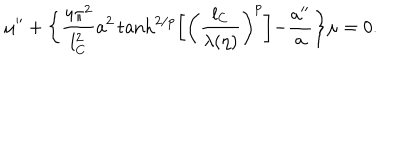
LaTeX: \mu ^ { \prime \prime } + \biggl \{ \frac { 4 \pi ^ { 2 } } { l _ { \mathrm { C } } ^ { 2 } } a ^ { 2 } \tanh ^ { 2 / p } \biggl [ \biggl ( \frac { l _ { \mathrm { C } } } { \lambda ( \eta ) } \biggr ) ^ { p } \biggl ] - \frac { a ^ { \prime \prime } } { a } \biggr \} \mu = 0 .